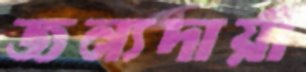
জন্যদায়ী